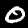
Digit: 0